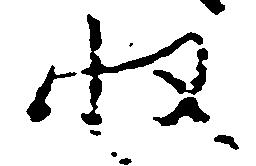
収